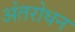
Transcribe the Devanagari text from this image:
अंतरोधन